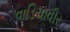
વાડિયાવીર